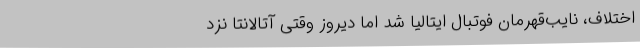
اختلاف، نایب‌قهرمان فوتبال ایتالیا شد اما دیروز وقتی آتالانتا نزد